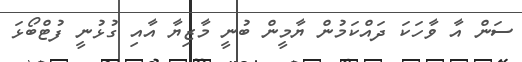
ސަން އާ ވާހަކަ ދައްކަމުން ޔާމީން ބުނީ މާޒިޔާ އާއި ގުޅުނީ ފުޓްބޯޅަ